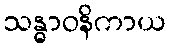
သန္ဓာဝနိကာယ